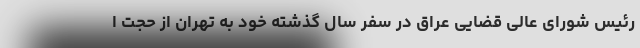
رئیس شورای عالی قضایی عراق در سفر سال گذشته خود به تهران از حجت ا